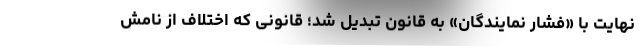
نهایت با «فشار نمایندگان» به قانون تبدیل شد؛ قانونی که اختلاف از نامش